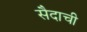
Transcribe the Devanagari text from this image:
सैदाची